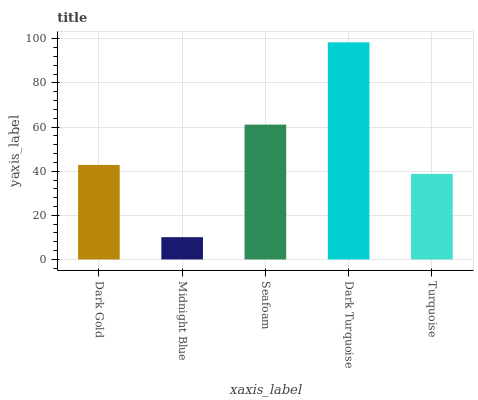
| xaxis_label | bars |
 | --- | --- |
 | Dark Gold | 42.8 |
 | Midnight Blue | 10.1 |
 | Seafoam | 61.1 |
 | Dark Turquoise | 98.4 |
 | Turquoise | 38.8 |